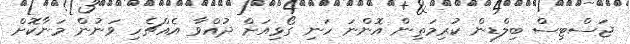
ޖަސްޓިސް ބިލްޑިން ކުރިމަތިން އޮންނަ ހަނި ގޯޅިއަށް ދުއްވާ އެއްޗެހި ވަނުން މަނާކޮށް